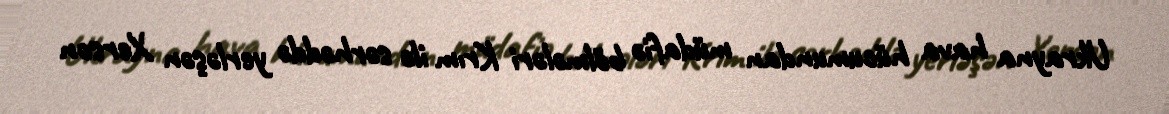
Ukrayna hava hücumundan müdafiə bölmələri Krım ilə sərhəddə yerləşən Xerson